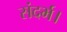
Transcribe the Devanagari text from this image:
संदर्भ।